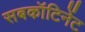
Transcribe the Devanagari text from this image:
सबकॉटिनेंट